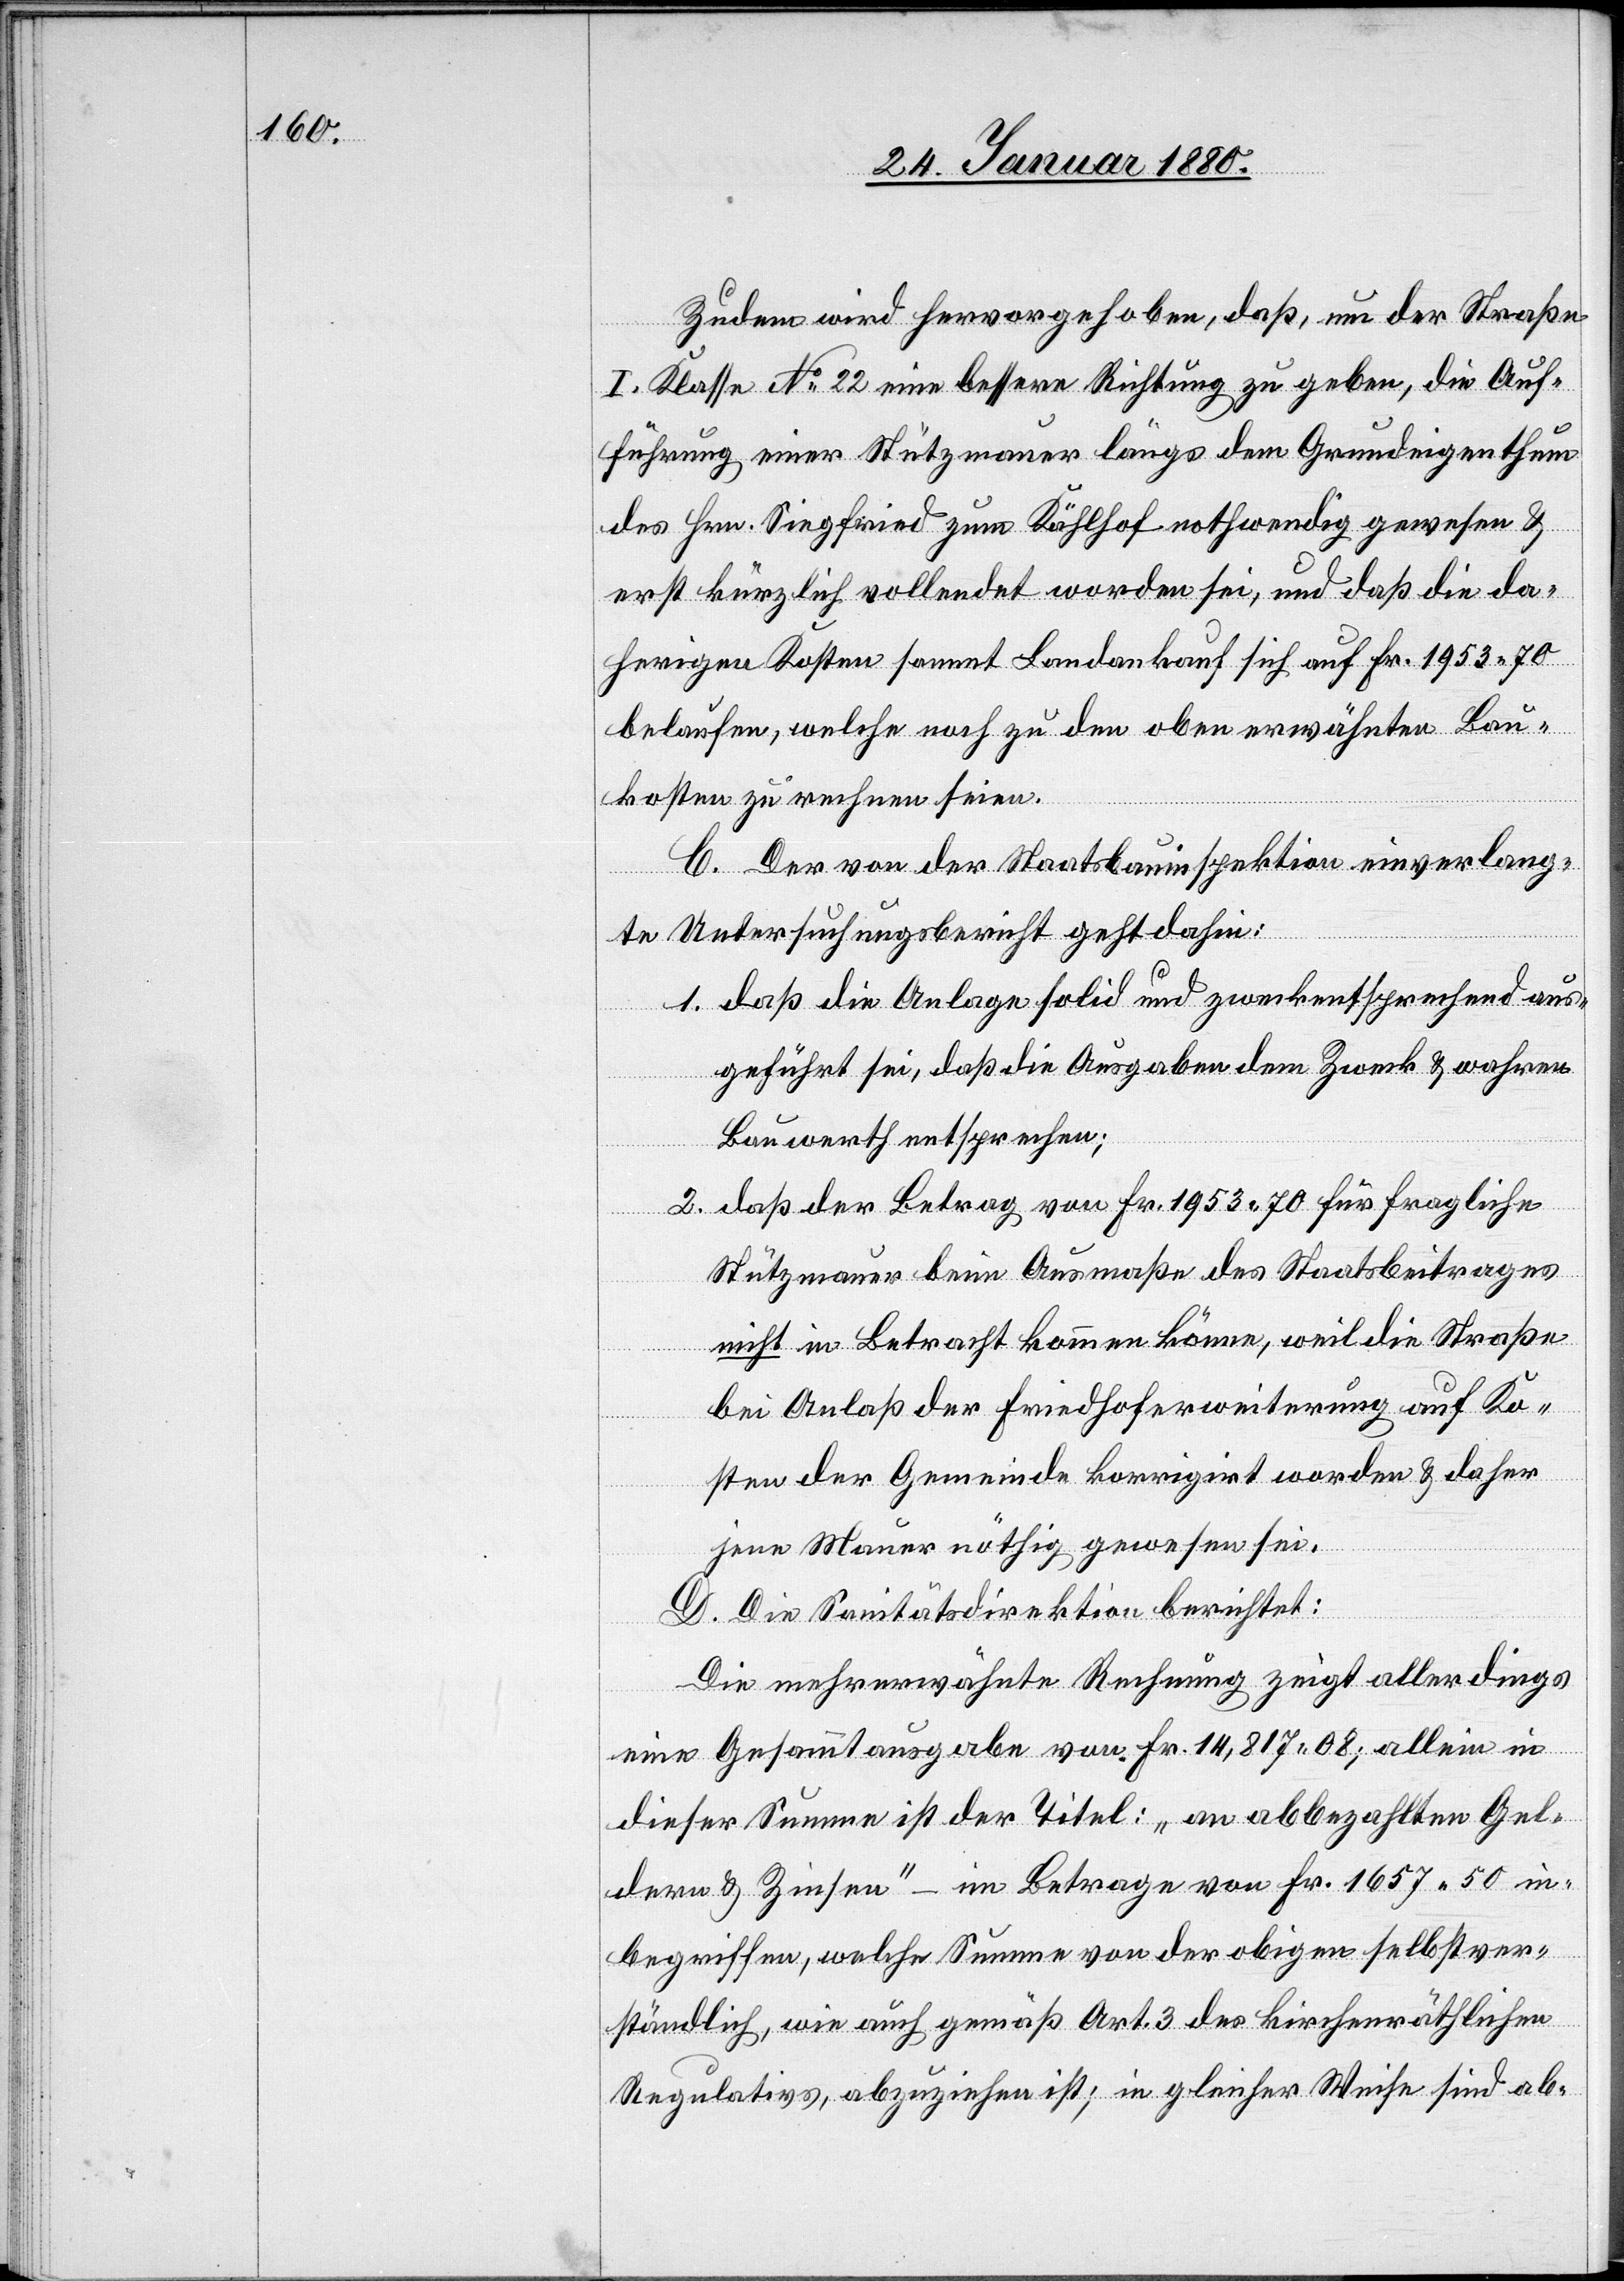
Zudem wird hervorgehoben, daß, um der Straße
I. Klasse No 22 eine bessere Richtung zu geben, die Auf¬
führung einer Stützmauer längs dem Grundeigenthum
des Hrn. Siegfried zum Kählhof nothwendig gewesen &
erst kürzlich vollendet worden sei, und daß die da¬
herigen Kosten sammt Landankauf sich auf Fr. 1953.70
belaufen, welche noch zu den oben erwähnten Bau¬
kosten zu rechnen seien.
C. Der von der Staatsbauinspektion einverlang¬
te Untersuchungsbericht geht dahin:
1. Daß die Anlage solid und zweckentsprechend aus¬
geführt sei, daß die Ausgaben dem Zweck & wahren
Bauwerth entsprechen;
2. Daß der Betrag von Fr. 1953.70 für fragliche
Stützmauer beim Ausmaße des Staatsbeitrages
nicht in Betracht kommen könne, weil die Straße
bei Anlaß der Friedhoferweiterung auf Ko¬
sten der Gemeinde korrigirt worden & daher
jene Mauer nöthig gewesen sei.
D. Die Sanitätsdirektion berichtet:
Die mehrerwähnte Rechnung zeigt allerdings
eine Gesammtausgabe von Fr. 14, 817.08; allein in
dieser Summe ist der Titel: „an abbezahlten Gel¬
dern & Zinsen“ – im Betrage von Fr. 1657.50 in¬
begriffen, welche Summe von der obigen selbstver¬
ständlich, wie auch gemäß Art. 3 des kirchenräthlichen
Regulativs, abzuziehen ist; in gleicher Weise sind ab-